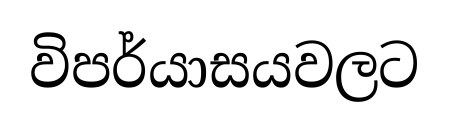
විපර්යාසයවලට